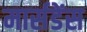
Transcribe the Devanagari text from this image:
मार्सडेंस